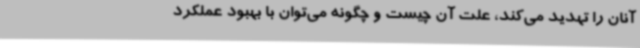
آنان را تهدید می‌کند، علت آن چیست و چگونه می‌توان با بهبود عملکرد